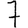
Digit: 7